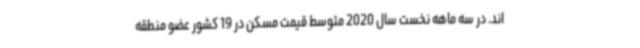
اند. در سه ماهه نخست سال 2020 متوسط قیمت مسکن در 19 کشور عضو منطقه